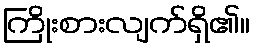
ကြိုးစားလျက်ရှိ၏။